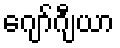
ဂျော်ဂျီယာ